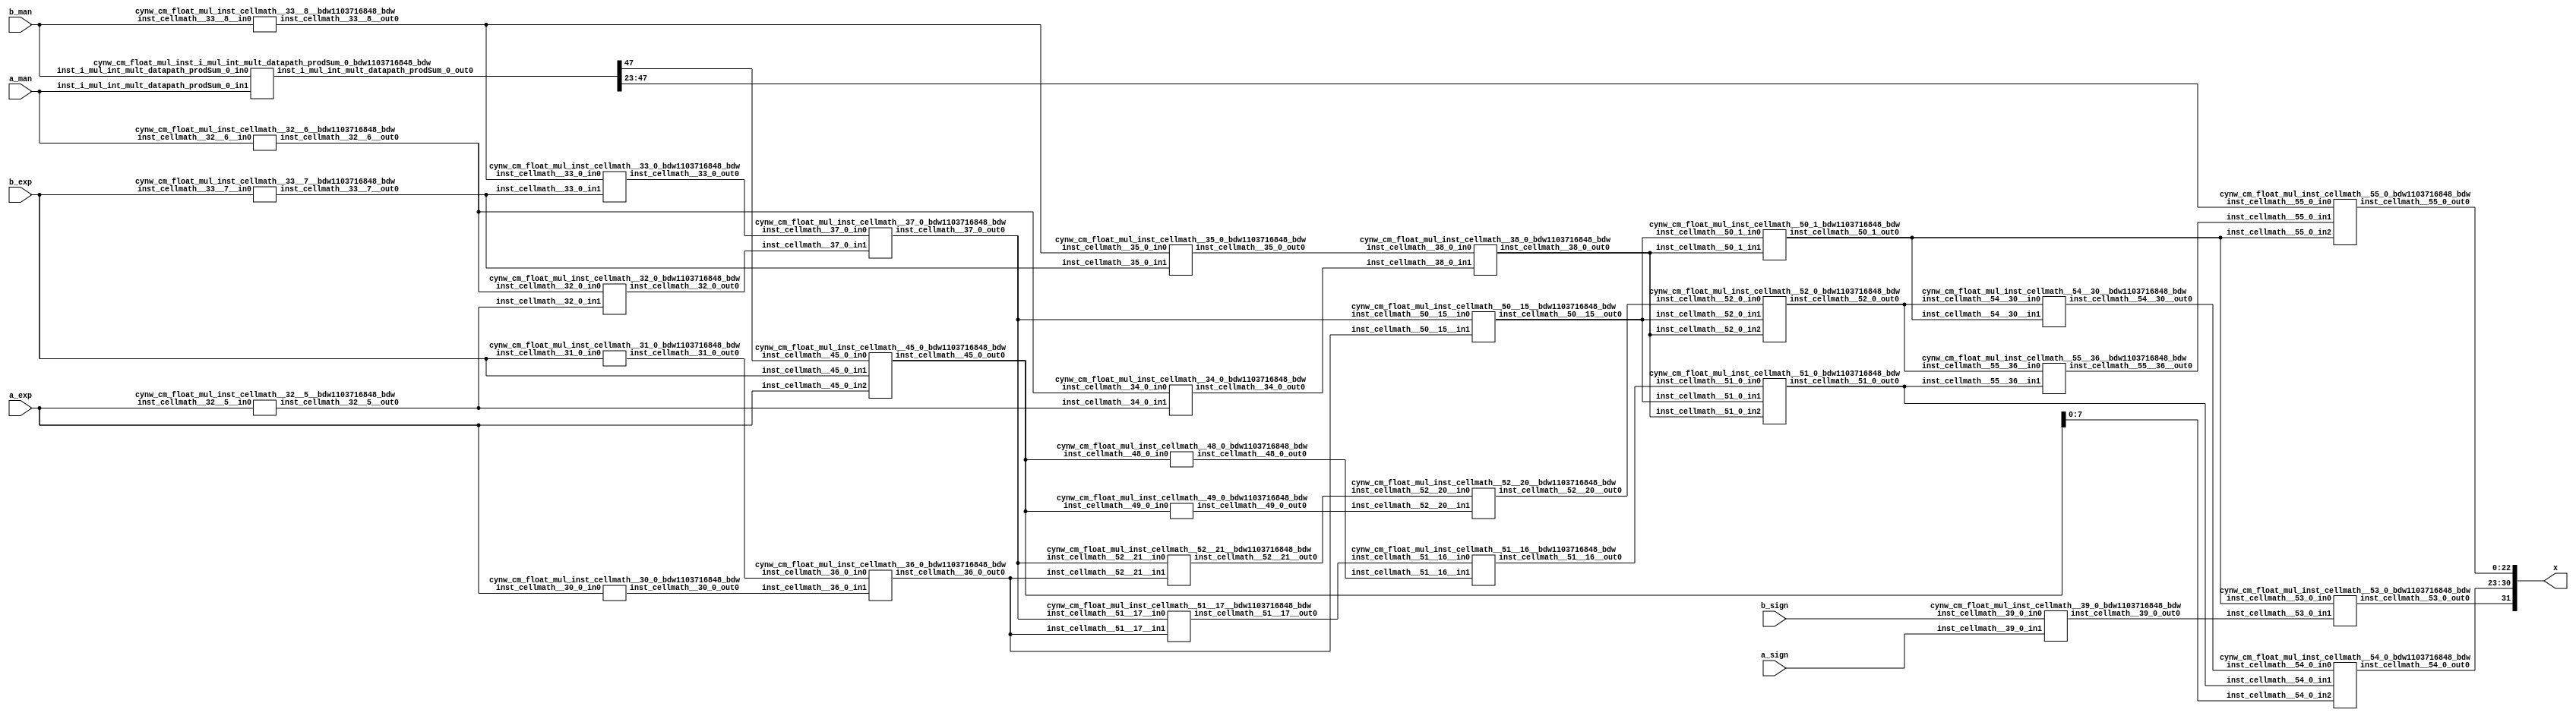
/*****************************************************************************
    Verilog Hierarchical RTL Description
    
    
    Created by: CellMath Designer 2019.1.01 
*******************************************************************************/

module DFT_compute_cynw_cm_float_mul_E8_M23_1 (
	a_sign,
	a_exp,
	a_man,
	b_sign,
	b_exp,
	b_man,
	x
	); /* architecture "behavioural" */ 
input  a_sign;
input [7:0] a_exp;
input [22:0] a_man;
input  b_sign;
input [7:0] b_exp;
input [22:0] b_man;
output [31:0] x;
wire [23:0] inst_cellmath__25,
	inst_cellmath__26;
wire  inst_cellmath__30,
	inst_cellmath__31,
	inst_cellmath__32,
	inst_cellmath__33,
	inst_cellmath__34,
	inst_cellmath__35,
	inst_cellmath__36,
	inst_cellmath__37,
	inst_cellmath__38,
	inst_cellmath__39;
wire [49:0] inst_i_mul_int_mult_datapath_prodSum;
wire [9:0] inst_cellmath__45;
wire  inst_cellmath__48,
	inst_cellmath__49,
	inst_cellmath__50,
	inst_cellmath__51,
	inst_cellmath__52,
	inst_cellmath__53;
wire [7:0] inst_cellmath__54;
wire [22:0] inst_cellmath__55;
wire [31:0] inst_cellmath__65;
wire [0:0] inst_cellmath__32__5,
	inst_cellmath__32__6,
	inst_cellmath__33__7,
	inst_cellmath__33__8,
	inst_cellmath__50__15,
	inst_cellmath__51__17,
	inst_cellmath__51__16,
	inst_cellmath__52__21,
	inst_cellmath__52__20,
	inst_cellmath__54__30,
	inst_cellmath__55__36;
wire [1:0] inst_cellmath__54__30_0;
wire [2:0] inst_cellmath__50_0;
cynw_cm_float_mul_inst_cellmath__32__5__bdw1103716848_bdw inst_cellmath__32__5__0(
	.inst_cellmath__32__5__out0(inst_cellmath__32__5),
	.inst_cellmath__32__5__in0(a_exp)
	) ;
cynw_cm_float_mul_inst_cellmath__32__6__bdw1103716848_bdw inst_cellmath__32__6__0(
	.inst_cellmath__32__6__out0(inst_cellmath__32__6),
	.inst_cellmath__32__6__in0(a_man)
	) ;
cynw_cm_float_mul_inst_cellmath__34_0_bdw1103716848_bdw inst_cellmath__34_0_0(
	.inst_cellmath__34_0_out0(inst_cellmath__34),
	.inst_cellmath__34_0_in0(inst_cellmath__32__6),
	.inst_cellmath__34_0_in1(inst_cellmath__32__5)
	) ;
cynw_cm_float_mul_inst_cellmath__33__7__bdw1103716848_bdw inst_cellmath__33__7__0(
	.inst_cellmath__33__7__out0(inst_cellmath__33__7),
	.inst_cellmath__33__7__in0(b_exp)
	) ;
cynw_cm_float_mul_inst_cellmath__33__8__bdw1103716848_bdw inst_cellmath__33__8__0(
	.inst_cellmath__33__8__out0(inst_cellmath__33__8),
	.inst_cellmath__33__8__in0(b_man)
	) ;
cynw_cm_float_mul_inst_cellmath__35_0_bdw1103716848_bdw inst_cellmath__35_0_0(
	.inst_cellmath__35_0_out0(inst_cellmath__35),
	.inst_cellmath__35_0_in0(inst_cellmath__33__8),
	.inst_cellmath__35_0_in1(inst_cellmath__33__7)
	) ;
cynw_cm_float_mul_inst_cellmath__38_0_bdw1103716848_bdw inst_cellmath__38_0_0(
	.inst_cellmath__38_0_out0(inst_cellmath__38),
	.inst_cellmath__38_0_in0(inst_cellmath__35),
	.inst_cellmath__38_0_in1(inst_cellmath__34)
	) ;
cynw_cm_float_mul_inst_cellmath__32_0_bdw1103716848_bdw inst_cellmath__32_0_0(
	.inst_cellmath__32_0_out0(inst_cellmath__32),
	.inst_cellmath__32_0_in0(inst_cellmath__32__6),
	.inst_cellmath__32_0_in1(inst_cellmath__32__5)
	) ;
cynw_cm_float_mul_inst_cellmath__33_0_bdw1103716848_bdw inst_cellmath__33_0_0(
	.inst_cellmath__33_0_out0(inst_cellmath__33),
	.inst_cellmath__33_0_in0(inst_cellmath__33__8),
	.inst_cellmath__33_0_in1(inst_cellmath__33__7)
	) ;
cynw_cm_float_mul_inst_cellmath__37_0_bdw1103716848_bdw inst_cellmath__37_0_0(
	.inst_cellmath__37_0_out0(inst_cellmath__37),
	.inst_cellmath__37_0_in0(inst_cellmath__33),
	.inst_cellmath__37_0_in1(inst_cellmath__32)
	) ;
cynw_cm_float_mul_inst_cellmath__30_0_bdw1103716848_bdw inst_cellmath__30_0_0(
	.inst_cellmath__30_0_out0(inst_cellmath__30),
	.inst_cellmath__30_0_in0(a_exp)
	) ;
cynw_cm_float_mul_inst_cellmath__31_0_bdw1103716848_bdw inst_cellmath__31_0_0(
	.inst_cellmath__31_0_out0(inst_cellmath__31),
	.inst_cellmath__31_0_in0(b_exp)
	) ;
cynw_cm_float_mul_inst_cellmath__36_0_bdw1103716848_bdw inst_cellmath__36_0_0(
	.inst_cellmath__36_0_out0(inst_cellmath__36),
	.inst_cellmath__36_0_in0(inst_cellmath__31),
	.inst_cellmath__36_0_in1(inst_cellmath__30)
	) ;
cynw_cm_float_mul_inst_cellmath__50__15__bdw1103716848_bdw inst_cellmath__50__15__0(
	.inst_cellmath__50__15__out0(inst_cellmath__50__15),
	.inst_cellmath__50__15__in0(inst_cellmath__37),
	.inst_cellmath__50__15__in1(inst_cellmath__36)
	) ;
cynw_cm_float_mul_inst_cellmath__50_1_bdw1103716848_bdw inst_cellmath__50_1_0(
	.inst_cellmath__50_1_out0(inst_cellmath__50),
	.inst_cellmath__50_1_in0(inst_cellmath__50__15),
	.inst_cellmath__50_1_in1(inst_cellmath__38)
	) ;
cynw_cm_float_mul_inst_cellmath__52__21__bdw1103716848_bdw inst_cellmath__52__21__0(
	.inst_cellmath__52__21__out0(inst_cellmath__52__21),
	.inst_cellmath__52__21__in0(inst_cellmath__37),
	.inst_cellmath__52__21__in1(inst_cellmath__36)
	) ;

assign inst_cellmath__26 = {1'B1,b_man};

assign inst_cellmath__25 = {1'B1,a_man};
cynw_cm_float_mul_inst_i_mul_int_mult_datapath_prodSum_0_bdw1103716848_bdw inst_i_mul_int_mult_datapath_prodSum_0_0(
	.inst_i_mul_int_mult_datapath_prodSum_0_out0(inst_i_mul_int_mult_datapath_prodSum[47:0]),
	.inst_i_mul_int_mult_datapath_prodSum_0_in0(b_man),
	.inst_i_mul_int_mult_datapath_prodSum_0_in1(a_man)
	) ;
cynw_cm_float_mul_inst_cellmath__45_0_bdw1103716848_bdw inst_cellmath__45_0_0(
	.inst_cellmath__45_0_out0(inst_cellmath__45),
	.inst_cellmath__45_0_in0(inst_i_mul_int_mult_datapath_prodSum[47]),
	.inst_cellmath__45_0_in1(b_exp),
	.inst_cellmath__45_0_in2(a_exp)
	) ;
cynw_cm_float_mul_inst_cellmath__49_0_bdw1103716848_bdw inst_cellmath__49_0_0(
	.inst_cellmath__49_0_out0(inst_cellmath__49),
	.inst_cellmath__49_0_in0(inst_cellmath__45)
	) ;
cynw_cm_float_mul_inst_cellmath__52__20__bdw1103716848_bdw inst_cellmath__52__20__0(
	.inst_cellmath__52__20__out0(inst_cellmath__52__20),
	.inst_cellmath__52__20__in0(inst_cellmath__52__21),
	.inst_cellmath__52__20__in1(inst_cellmath__49)
	) ;
cynw_cm_float_mul_inst_cellmath__52_0_bdw1103716848_bdw inst_cellmath__52_0_0(
	.inst_cellmath__52_0_out0(inst_cellmath__52),
	.inst_cellmath__52_0_in0(inst_cellmath__52__20),
	.inst_cellmath__52_0_in1(inst_cellmath__50__15),
	.inst_cellmath__52_0_in2(inst_cellmath__38)
	) ;
cynw_cm_float_mul_inst_cellmath__54__30__bdw1103716848_bdw inst_cellmath__54__30__0(
	.inst_cellmath__54__30__out0(inst_cellmath__54__30),
	.inst_cellmath__54__30__in0(inst_cellmath__52),
	.inst_cellmath__54__30__in1(inst_cellmath__50)
	) ;
cynw_cm_float_mul_inst_cellmath__51__17__bdw1103716848_bdw inst_cellmath__51__17__0(
	.inst_cellmath__51__17__out0(inst_cellmath__51__17),
	.inst_cellmath__51__17__in0(inst_cellmath__37),
	.inst_cellmath__51__17__in1(inst_cellmath__36)
	) ;
cynw_cm_float_mul_inst_cellmath__48_0_bdw1103716848_bdw inst_cellmath__48_0_0(
	.inst_cellmath__48_0_out0(inst_cellmath__48),
	.inst_cellmath__48_0_in0(inst_cellmath__45)
	) ;
cynw_cm_float_mul_inst_cellmath__51__16__bdw1103716848_bdw inst_cellmath__51__16__0(
	.inst_cellmath__51__16__out0(inst_cellmath__51__16),
	.inst_cellmath__51__16__in0(inst_cellmath__51__17),
	.inst_cellmath__51__16__in1(inst_cellmath__48)
	) ;
cynw_cm_float_mul_inst_cellmath__51_0_bdw1103716848_bdw inst_cellmath__51_0_0(
	.inst_cellmath__51_0_out0(inst_cellmath__51),
	.inst_cellmath__51_0_in0(inst_cellmath__51__16),
	.inst_cellmath__51_0_in1(inst_cellmath__50__15),
	.inst_cellmath__51_0_in2(inst_cellmath__38)
	) ;

assign inst_cellmath__54__30_0 = {inst_cellmath__54__30,inst_cellmath__51};
cynw_cm_float_mul_inst_cellmath__39_0_bdw1103716848_bdw inst_cellmath__39_0_0(
	.inst_cellmath__39_0_out0(inst_cellmath__39),
	.inst_cellmath__39_0_in0(b_sign),
	.inst_cellmath__39_0_in1(a_sign)
	) ;
cynw_cm_float_mul_inst_cellmath__53_0_bdw1103716848_bdw inst_cellmath__53_0_0(
	.inst_cellmath__53_0_out0(inst_cellmath__53),
	.inst_cellmath__53_0_in0(inst_cellmath__50),
	.inst_cellmath__53_0_in1(inst_cellmath__39)
	) ;
cynw_cm_float_mul_inst_cellmath__54_0_bdw1103716848_bdw inst_cellmath__54_0_0(
	.inst_cellmath__54_0_out0(inst_cellmath__54),
	.inst_cellmath__54_0_in0(inst_cellmath__54__30),
	.inst_cellmath__54_0_in1(inst_cellmath__51),
	.inst_cellmath__54_0_in2(inst_cellmath__45[7:0])
	) ;
cynw_cm_float_mul_inst_cellmath__55__36__bdw1103716848_bdw inst_cellmath__55__36__0(
	.inst_cellmath__55__36__out0(inst_cellmath__55__36),
	.inst_cellmath__55__36__in0(inst_cellmath__52),
	.inst_cellmath__55__36__in1(inst_cellmath__51)
	) ;

assign inst_cellmath__50_0 = {inst_cellmath__50,inst_cellmath__55__36,inst_i_mul_int_mult_datapath_prodSum[47]};
cynw_cm_float_mul_inst_cellmath__55_0_bdw1103716848_bdw inst_cellmath__55_0_0(
	.inst_cellmath__55_0_out0(inst_cellmath__55),
	.inst_cellmath__55_0_in0(inst_i_mul_int_mult_datapath_prodSum[47:23]),
	.inst_cellmath__55_0_in1(inst_cellmath__55__36),
	.inst_cellmath__55_0_in2(inst_cellmath__50)
	) ;

assign inst_cellmath__65 = {inst_cellmath__53,inst_cellmath__54,inst_cellmath__55};

assign x = inst_cellmath__65;
endmodule

module cynw_cm_float_mul_inst_cellmath__32__5__bdw1103716848_bdw (
	inst_cellmath__32__5__out0,
	inst_cellmath__32__5__in0
	); /* architecture "behavioural" */ 
output [0:0] inst_cellmath__32__5__out0;
input [7:0] inst_cellmath__32__5__in0;

assign inst_cellmath__32__5__out0 = (13'B0000011111110==(inst_cellmath__32__5__in0 - 13'B0000000000001));
endmodule

module cynw_cm_float_mul_inst_cellmath__32__6__bdw1103716848_bdw (
	inst_cellmath__32__6__out0,
	inst_cellmath__32__6__in0
	); /* architecture "behavioural" */ 
output [0:0] inst_cellmath__32__6__out0;
input [22:0] inst_cellmath__32__6__in0;

assign inst_cellmath__32__6__out0 = (27'B000000000000000000000000000==inst_cellmath__32__6__in0);
endmodule

module cynw_cm_float_mul_inst_cellmath__34_0_bdw1103716848_bdw (
	inst_cellmath__34_0_out0,
	inst_cellmath__34_0_in0,
	inst_cellmath__34_0_in1
	); /* architecture "behavioural" */ 
output  inst_cellmath__34_0_out0;
input [0:0] inst_cellmath__34_0_in0,
	inst_cellmath__34_0_in1;

assign inst_cellmath__34_0_out0 = 
	(inst_cellmath__34_0_in1)
	&((~inst_cellmath__34_0_in0));
endmodule

module cynw_cm_float_mul_inst_cellmath__33__7__bdw1103716848_bdw (
	inst_cellmath__33__7__out0,
	inst_cellmath__33__7__in0
	); /* architecture "behavioural" */ 
output [0:0] inst_cellmath__33__7__out0;
input [7:0] inst_cellmath__33__7__in0;

assign inst_cellmath__33__7__out0 = (13'B0000011111110==(inst_cellmath__33__7__in0 - 13'B0000000000001));
endmodule

module cynw_cm_float_mul_inst_cellmath__33__8__bdw1103716848_bdw (
	inst_cellmath__33__8__out0,
	inst_cellmath__33__8__in0
	); /* architecture "behavioural" */ 
output [0:0] inst_cellmath__33__8__out0;
input [22:0] inst_cellmath__33__8__in0;

assign inst_cellmath__33__8__out0 = (27'B000000000000000000000000000==inst_cellmath__33__8__in0);
endmodule

module cynw_cm_float_mul_inst_cellmath__35_0_bdw1103716848_bdw (
	inst_cellmath__35_0_out0,
	inst_cellmath__35_0_in0,
	inst_cellmath__35_0_in1
	); /* architecture "behavioural" */ 
output  inst_cellmath__35_0_out0;
input [0:0] inst_cellmath__35_0_in0,
	inst_cellmath__35_0_in1;

assign inst_cellmath__35_0_out0 = 
	(inst_cellmath__35_0_in1)
	&((~inst_cellmath__35_0_in0));
endmodule

module cynw_cm_float_mul_inst_cellmath__38_0_bdw1103716848_bdw (
	inst_cellmath__38_0_out0,
	inst_cellmath__38_0_in0,
	inst_cellmath__38_0_in1
	); /* architecture "behavioural" */ 
output  inst_cellmath__38_0_out0;
input  inst_cellmath__38_0_in0,
	inst_cellmath__38_0_in1;

assign inst_cellmath__38_0_out0 = 
	(inst_cellmath__38_0_in1)
	|(inst_cellmath__38_0_in0);
endmodule

module cynw_cm_float_mul_inst_cellmath__32_0_bdw1103716848_bdw (
	inst_cellmath__32_0_out0,
	inst_cellmath__32_0_in0,
	inst_cellmath__32_0_in1
	); /* architecture "behavioural" */ 
output  inst_cellmath__32_0_out0;
input [0:0] inst_cellmath__32_0_in0,
	inst_cellmath__32_0_in1;

assign inst_cellmath__32_0_out0 = 
	(inst_cellmath__32_0_in1)
	&(inst_cellmath__32_0_in0);
endmodule

module cynw_cm_float_mul_inst_cellmath__33_0_bdw1103716848_bdw (
	inst_cellmath__33_0_out0,
	inst_cellmath__33_0_in0,
	inst_cellmath__33_0_in1
	); /* architecture "behavioural" */ 
output  inst_cellmath__33_0_out0;
input [0:0] inst_cellmath__33_0_in0,
	inst_cellmath__33_0_in1;

assign inst_cellmath__33_0_out0 = 
	(inst_cellmath__33_0_in1)
	&(inst_cellmath__33_0_in0);
endmodule

module cynw_cm_float_mul_inst_cellmath__37_0_bdw1103716848_bdw (
	inst_cellmath__37_0_out0,
	inst_cellmath__37_0_in0,
	inst_cellmath__37_0_in1
	); /* architecture "behavioural" */ 
output  inst_cellmath__37_0_out0;
input  inst_cellmath__37_0_in0,
	inst_cellmath__37_0_in1;

assign inst_cellmath__37_0_out0 = 
	(inst_cellmath__37_0_in1)
	|(inst_cellmath__37_0_in0);
endmodule

module cynw_cm_float_mul_inst_cellmath__30_0_bdw1103716848_bdw (
	inst_cellmath__30_0_out0,
	inst_cellmath__30_0_in0
	); /* architecture "behavioural" */ 
output  inst_cellmath__30_0_out0;
input [7:0] inst_cellmath__30_0_in0;

assign inst_cellmath__30_0_out0 = (12'B000000000000==inst_cellmath__30_0_in0);
endmodule

module cynw_cm_float_mul_inst_cellmath__31_0_bdw1103716848_bdw (
	inst_cellmath__31_0_out0,
	inst_cellmath__31_0_in0
	); /* architecture "behavioural" */ 
output  inst_cellmath__31_0_out0;
input [7:0] inst_cellmath__31_0_in0;

assign inst_cellmath__31_0_out0 = (12'B000000000000==inst_cellmath__31_0_in0);
endmodule

module cynw_cm_float_mul_inst_cellmath__36_0_bdw1103716848_bdw (
	inst_cellmath__36_0_out0,
	inst_cellmath__36_0_in0,
	inst_cellmath__36_0_in1
	); /* architecture "behavioural" */ 
output  inst_cellmath__36_0_out0;
input  inst_cellmath__36_0_in0,
	inst_cellmath__36_0_in1;

assign inst_cellmath__36_0_out0 = 
	(inst_cellmath__36_0_in1)
	|(inst_cellmath__36_0_in0);
endmodule

module cynw_cm_float_mul_inst_cellmath__50__15__bdw1103716848_bdw (
	inst_cellmath__50__15__out0,
	inst_cellmath__50__15__in0,
	inst_cellmath__50__15__in1
	); /* architecture "behavioural" */ 
output [0:0] inst_cellmath__50__15__out0;
input  inst_cellmath__50__15__in0,
	inst_cellmath__50__15__in1;

assign inst_cellmath__50__15__out0 = 
	(inst_cellmath__50__15__in0)
	&(inst_cellmath__50__15__in1);
endmodule

module cynw_cm_float_mul_inst_cellmath__50_1_bdw1103716848_bdw (
	inst_cellmath__50_1_out0,
	inst_cellmath__50_1_in0,
	inst_cellmath__50_1_in1
	); /* architecture "behavioural" */ 
output  inst_cellmath__50_1_out0;
input [0:0] inst_cellmath__50_1_in0;
input  inst_cellmath__50_1_in1;

assign inst_cellmath__50_1_out0 = 
	(inst_cellmath__50_1_in1)
	|(inst_cellmath__50_1_in0);
endmodule

module cynw_cm_float_mul_inst_cellmath__52__21__bdw1103716848_bdw (
	inst_cellmath__52__21__out0,
	inst_cellmath__52__21__in0,
	inst_cellmath__52__21__in1
	); /* architecture "behavioural" */ 
output [0:0] inst_cellmath__52__21__out0;
input  inst_cellmath__52__21__in0,
	inst_cellmath__52__21__in1;

assign inst_cellmath__52__21__out0 = 
	(inst_cellmath__52__21__in0)
	&((~inst_cellmath__52__21__in1));
endmodule

module cynw_cm_float_mul_inst_i_mul_int_mult_datapath_prodSum_0_bdw1103716848_bdw (
	inst_i_mul_int_mult_datapath_prodSum_0_out0,
	inst_i_mul_int_mult_datapath_prodSum_0_in0,
	inst_i_mul_int_mult_datapath_prodSum_0_in1
	); /* architecture "behavioural" */ 
output [47:0] inst_i_mul_int_mult_datapath_prodSum_0_out0;
input [22:0] inst_i_mul_int_mult_datapath_prodSum_0_in0,
	inst_i_mul_int_mult_datapath_prodSum_0_in1;
wire [23:0] inst_cellmath__26,
	inst_cellmath__25;

assign inst_cellmath__26 = {1'B1,inst_i_mul_int_mult_datapath_prodSum_0_in0};

assign inst_cellmath__25 = {1'B1,inst_i_mul_int_mult_datapath_prodSum_0_in1};

wire [47:0] inst_i_mul_int_mult_datapath_prodSum_0_out0_tmp_0;
assign inst_i_mul_int_mult_datapath_prodSum_0_out0_tmp_0 = 
	+(inst_cellmath__25 * inst_cellmath__26);
assign inst_i_mul_int_mult_datapath_prodSum_0_out0 = inst_i_mul_int_mult_datapath_prodSum_0_out0_tmp_0
	+(48'B000000000000000000000000010000000000000000000000);
endmodule

module cynw_cm_float_mul_inst_cellmath__45_0_bdw1103716848_bdw (
	inst_cellmath__45_0_out0,
	inst_cellmath__45_0_in0,
	inst_cellmath__45_0_in1,
	inst_cellmath__45_0_in2
	); /* architecture "behavioural" */ 
output [9:0] inst_cellmath__45_0_out0;
input [47:47] inst_cellmath__45_0_in0;
input [7:0] inst_cellmath__45_0_in1,
	inst_cellmath__45_0_in2;

wire [9:0] inst_cellmath__45_0_out0_tmp_0;
wire [9:0] inst_cellmath__45_0_out0_tmp_1;
assign inst_cellmath__45_0_out0_tmp_1 = 
	+(inst_cellmath__45_0_in0)
	+(inst_cellmath__45_0_in1);
assign inst_cellmath__45_0_out0_tmp_0 = inst_cellmath__45_0_out0_tmp_1
	+(inst_cellmath__45_0_in2);
assign inst_cellmath__45_0_out0 = inst_cellmath__45_0_out0_tmp_0
	-(10'B0001111111);
endmodule

module cynw_cm_float_mul_inst_cellmath__49_0_bdw1103716848_bdw (
	inst_cellmath__49_0_out0,
	inst_cellmath__49_0_in0
	); /* architecture "behavioural" */ 
output  inst_cellmath__49_0_out0;
input [9:0] inst_cellmath__49_0_in0;

assign inst_cellmath__49_0_out0 = ((14'B10000000000000 ^ 14'B00000011111110)<(14'B10000000000000 ^ {{4{inst_cellmath__49_0_in0[9]}}, inst_cellmath__49_0_in0}));
endmodule

module cynw_cm_float_mul_inst_cellmath__52__20__bdw1103716848_bdw (
	inst_cellmath__52__20__out0,
	inst_cellmath__52__20__in0,
	inst_cellmath__52__20__in1
	); /* architecture "behavioural" */ 
output [0:0] inst_cellmath__52__20__out0;
input [0:0] inst_cellmath__52__20__in0;
input  inst_cellmath__52__20__in1;

assign inst_cellmath__52__20__out0 = 
	(inst_cellmath__52__20__in0)
	|(inst_cellmath__52__20__in1);
endmodule

module cynw_cm_float_mul_inst_cellmath__52_0_bdw1103716848_bdw (
	inst_cellmath__52_0_out0,
	inst_cellmath__52_0_in0,
	inst_cellmath__52_0_in1,
	inst_cellmath__52_0_in2
	); /* architecture "behavioural" */ 
output  inst_cellmath__52_0_out0;
input [0:0] inst_cellmath__52_0_in0,
	inst_cellmath__52_0_in1;
input  inst_cellmath__52_0_in2;

assign inst_cellmath__52_0_out0 = 
	((~inst_cellmath__52_0_in1))
	&(inst_cellmath__52_0_in0)
	&((~inst_cellmath__52_0_in2));
endmodule

module cynw_cm_float_mul_inst_cellmath__54__30__bdw1103716848_bdw (
	inst_cellmath__54__30__out0,
	inst_cellmath__54__30__in0,
	inst_cellmath__54__30__in1
	); /* architecture "behavioural" */ 
output [0:0] inst_cellmath__54__30__out0;
input  inst_cellmath__54__30__in0,
	inst_cellmath__54__30__in1;

assign inst_cellmath__54__30__out0 = 
	(inst_cellmath__54__30__in1)
	|(inst_cellmath__54__30__in0);
endmodule

module cynw_cm_float_mul_inst_cellmath__51__17__bdw1103716848_bdw (
	inst_cellmath__51__17__out0,
	inst_cellmath__51__17__in0,
	inst_cellmath__51__17__in1
	); /* architecture "behavioural" */ 
output [0:0] inst_cellmath__51__17__out0;
input  inst_cellmath__51__17__in0,
	inst_cellmath__51__17__in1;

assign inst_cellmath__51__17__out0 = 
	(inst_cellmath__51__17__in1)
	&((~inst_cellmath__51__17__in0));
endmodule

module cynw_cm_float_mul_inst_cellmath__48_0_bdw1103716848_bdw (
	inst_cellmath__48_0_out0,
	inst_cellmath__48_0_in0
	); /* architecture "behavioural" */ 
output  inst_cellmath__48_0_out0;
input [9:0] inst_cellmath__48_0_in0;

assign inst_cellmath__48_0_out0 = ((14'B10000000000000 ^ {{4{inst_cellmath__48_0_in0[9]}}, inst_cellmath__48_0_in0})<=(14'B10000000000000 ^ 14'B00000000000000));
endmodule

module cynw_cm_float_mul_inst_cellmath__51__16__bdw1103716848_bdw (
	inst_cellmath__51__16__out0,
	inst_cellmath__51__16__in0,
	inst_cellmath__51__16__in1
	); /* architecture "behavioural" */ 
output [0:0] inst_cellmath__51__16__out0;
input [0:0] inst_cellmath__51__16__in0;
input  inst_cellmath__51__16__in1;

assign inst_cellmath__51__16__out0 = 
	(inst_cellmath__51__16__in0)
	|(inst_cellmath__51__16__in1);
endmodule

module cynw_cm_float_mul_inst_cellmath__51_0_bdw1103716848_bdw (
	inst_cellmath__51_0_out0,
	inst_cellmath__51_0_in0,
	inst_cellmath__51_0_in1,
	inst_cellmath__51_0_in2
	); /* architecture "behavioural" */ 
output  inst_cellmath__51_0_out0;
input [0:0] inst_cellmath__51_0_in0,
	inst_cellmath__51_0_in1;
input  inst_cellmath__51_0_in2;

assign inst_cellmath__51_0_out0 = 
	((~inst_cellmath__51_0_in1))
	&(inst_cellmath__51_0_in0)
	&((~inst_cellmath__51_0_in2));
endmodule

module cynw_cm_float_mul_inst_cellmath__39_0_bdw1103716848_bdw (
	inst_cellmath__39_0_out0,
	inst_cellmath__39_0_in0,
	inst_cellmath__39_0_in1
	); /* architecture "behavioural" */ 
output  inst_cellmath__39_0_out0;
input  inst_cellmath__39_0_in0,
	inst_cellmath__39_0_in1;

assign inst_cellmath__39_0_out0 = 
	(inst_cellmath__39_0_in1)
	^(inst_cellmath__39_0_in0);
endmodule

module cynw_cm_float_mul_inst_cellmath__53_0_bdw1103716848_bdw (
	inst_cellmath__53_0_out0,
	inst_cellmath__53_0_in0,
	inst_cellmath__53_0_in1
	); /* architecture "behavioural" */ 
output  inst_cellmath__53_0_out0;
input  inst_cellmath__53_0_in0,
	inst_cellmath__53_0_in1;

reg [0:0] inst_cellmath__53_0_out0_tmp_0;
assign inst_cellmath__53_0_out0 = inst_cellmath__53_0_out0_tmp_0;
always @ (inst_cellmath__53_0_in0 or inst_cellmath__53_0_in1) begin
	case (inst_cellmath__53_0_in0)
		1'B0 : inst_cellmath__53_0_out0_tmp_0 = inst_cellmath__53_0_in1 ;
		default : inst_cellmath__53_0_out0_tmp_0 = {1{1'b0}} ;
	endcase
end
endmodule

module cynw_cm_float_mul_inst_cellmath__54_0_bdw1103716848_bdw (
	inst_cellmath__54_0_out0,
	inst_cellmath__54_0_in0,
	inst_cellmath__54_0_in1,
	inst_cellmath__54_0_in2
	); /* architecture "behavioural" */ 
output [7:0] inst_cellmath__54_0_out0;
input [0:0] inst_cellmath__54_0_in0;
input  inst_cellmath__54_0_in1;
input [7:0] inst_cellmath__54_0_in2;
wire [1:0] inst_cellmath__54__30_0;

assign inst_cellmath__54__30_0 = {inst_cellmath__54_0_in0,inst_cellmath__54_0_in1};

reg [7:0] inst_cellmath__54_0_out0_tmp_0;
assign inst_cellmath__54_0_out0 = inst_cellmath__54_0_out0_tmp_0;
always @ (inst_cellmath__54__30_0 or inst_cellmath__54_0_in2) begin
	casez (inst_cellmath__54__30_0)
		2'B00 : inst_cellmath__54_0_out0_tmp_0 = inst_cellmath__54_0_in2 ;
		2'B1? : inst_cellmath__54_0_out0_tmp_0 = 8'B11111111 ;
		default : inst_cellmath__54_0_out0_tmp_0 = {8{1'b0}} ;
	endcase
end
endmodule

module cynw_cm_float_mul_inst_cellmath__55__36__bdw1103716848_bdw (
	inst_cellmath__55__36__out0,
	inst_cellmath__55__36__in0,
	inst_cellmath__55__36__in1
	); /* architecture "behavioural" */ 
output [0:0] inst_cellmath__55__36__out0;
input  inst_cellmath__55__36__in0,
	inst_cellmath__55__36__in1;

assign inst_cellmath__55__36__out0 = 
	(inst_cellmath__55__36__in0)
	|(inst_cellmath__55__36__in1);
endmodule

module cynw_cm_float_mul_inst_cellmath__55_0_bdw1103716848_bdw (
	inst_cellmath__55_0_out0,
	inst_cellmath__55_0_in0,
	inst_cellmath__55_0_in1,
	inst_cellmath__55_0_in2
	); /* architecture "behavioural" */ 
output [22:0] inst_cellmath__55_0_out0;
input [47:23] inst_cellmath__55_0_in0;
input [0:0] inst_cellmath__55_0_in1;
input  inst_cellmath__55_0_in2;
wire [2:0] inst_cellmath__50_0;

assign inst_cellmath__50_0 = {inst_cellmath__55_0_in2,inst_cellmath__55_0_in1,inst_cellmath__55_0_in0[47]};

reg [22:0] inst_cellmath__55_0_out0_tmp_0;
assign inst_cellmath__55_0_out0 = inst_cellmath__55_0_out0_tmp_0;
always @ (inst_cellmath__50_0 or inst_cellmath__55_0_in0[45:23] or inst_cellmath__55_0_in0[46:24]) begin
	casez (inst_cellmath__50_0)
		3'B000 : inst_cellmath__55_0_out0_tmp_0 = inst_cellmath__55_0_in0[45:23] ;
		3'B001 : inst_cellmath__55_0_out0_tmp_0 = inst_cellmath__55_0_in0[46:24] ;
		3'B1?? : inst_cellmath__55_0_out0_tmp_0 = 23'B11111111111111111111111 ;
		default : inst_cellmath__55_0_out0_tmp_0 = {23{1'b0}} ;
	endcase
end
endmodule

/* CADENCE  ubTxTgDfrQ== : u9/ySgnWtBlWxVPRXgAZ4Og= ** DO NOT EDIT THIS LINE **/